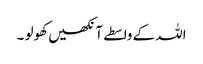
اللہ کے واسطے آنکھیں کھولو ۔